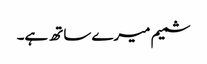
شمیم میرے ساتھ ہے۔